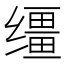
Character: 缰